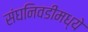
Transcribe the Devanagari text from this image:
संघनिवडीमध्ये